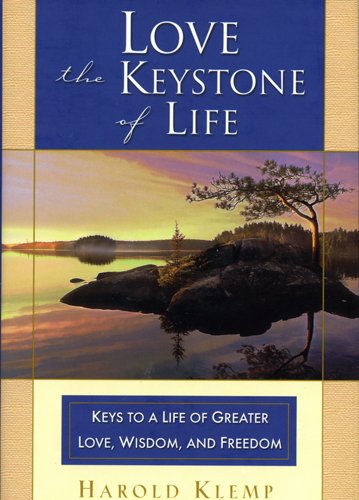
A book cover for Love: The Keystone of Life; Harold Klemp; Religion & Spirituality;